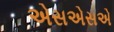
એસએસએ